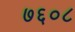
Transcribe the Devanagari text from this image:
७६०८